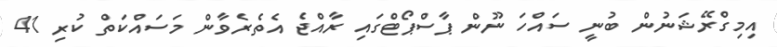
އިމިގްރޭޝަނުން ބުނީ ސައްހަ ނޫން ޕާސްޕޯޓްގައި ރާއްޖެ އެތެރެވާން މަސައްކަތް ކުރި 41